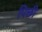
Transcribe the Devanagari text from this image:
पिछी